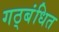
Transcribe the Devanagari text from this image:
गठ्बंधित